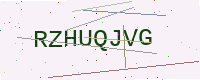
Text: RZHUQJVG